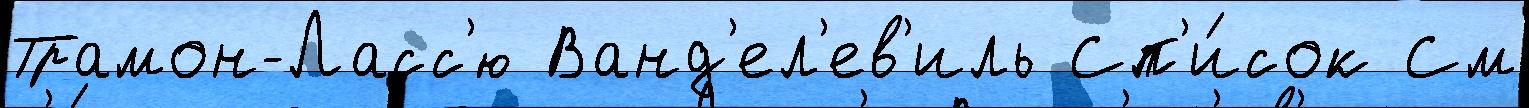
Трамон-Ласс'ю Ванд'ел'ев'иль Сп'и́сок См